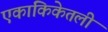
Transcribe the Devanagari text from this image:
एकांकिकेतली